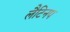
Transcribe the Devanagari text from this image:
लैटिनप